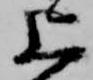
上